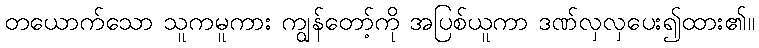
တယောက်သော သူကမူကား ကျွန်တော့်ကို အပြစ်ယူကာ ဒဏ်လှလှပေး၍ထား၏။